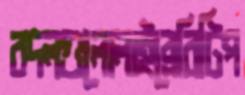
বদলগুলোলাইব্রেরিটিপ